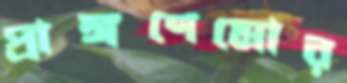
প্রাঙ্গণেমোর